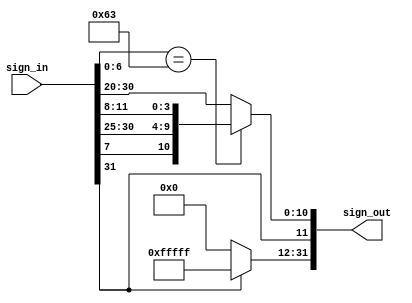
module SignedExtension(sign_in, sign_out);

    input [31:0] sign_in;
    output reg [31:0] sign_out;
    reg [11:0] immediate;



    always @(*) begin
        if(sign_in[6:0] == 7'b1100011)
            immediate = {sign_in[31], sign_in[7], sign_in[30:25], sign_in[11:8]};
        else immediate = sign_in[31:20];
        $display("immediate: %b, sign_out: %b", immediate, sign_out);

    sign_out[11:0] = immediate;
    sign_out[31:12] = immediate[11] ? 20'b1111_1111_1111_1111_1111: 20'b0; // Signed-Extension

    end

endmodule